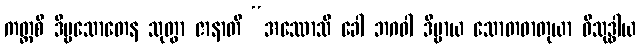
ကတ္ထစိ ဒိဗ္ဗသောတေန သုတွာ ဇာနာတိ “အဿောသိ ခေါ ဘဂဝါ ဒိဗ္ဗာယ သောတဓာတုယာ ဝိသုဒ္ဓါယ